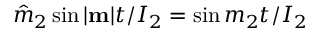
\hat { m } _ { 2 } \sin | { \bf m } | t / I _ { 2 } = \sin m _ { 2 } t / I _ { 2 }